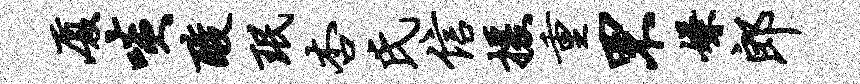
厦啖酸珉杏氏信援重罘嫌郎